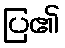
ပြ၏